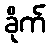
ခိုက်